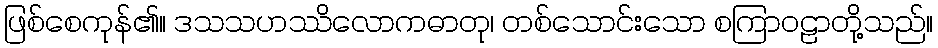
ဖြစ်စေကုန်၏။ ဒသသဟဿိလောကဓာတု၊ တစ်သောင်းသော စကြာဝဠာတို့သည်။